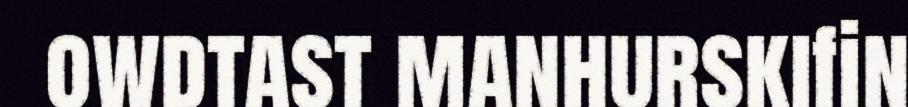
owdtast manhurskifin